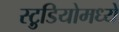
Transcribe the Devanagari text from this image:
स्टु़डियोमध्ये